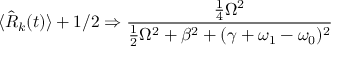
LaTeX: \langle { \hat { R } } _ { k } ( t ) \rangle + 1 / 2 \Rightarrow { \frac { { \frac { 1 } { 4 } } \Omega ^ { 2 } } { { \frac { 1 } { 2 } } \Omega ^ { 2 } + \beta ^ { 2 } + ( \gamma + \omega _ { 1 } - \omega _ { 0 } ) ^ { 2 } } }